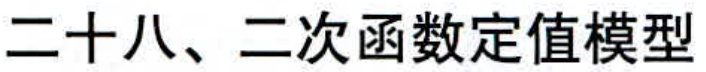
二十八、二次函数定值模型